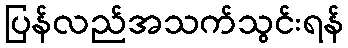
ပြန်လည်အသက်သွင်းရန်